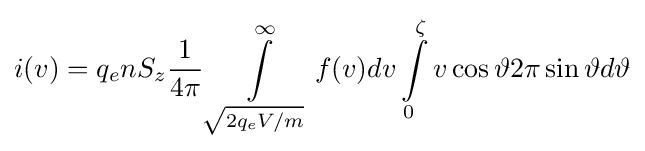
i(v)=q_{e}nS_{z}{\frac {1}{4\pi }}\int \limits _{\sqrt {2q_{e}V/m}}^{\infty }f(v)dv\int \limits _{0}^{\zeta }v\cos \vartheta 2\pi \sin \vartheta d\vartheta